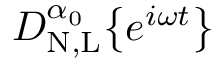
D _ { \mathrm { N , L } } ^ { \alpha _ { 0 } } \big \{ { e ^ { i \omega t } \big \} }